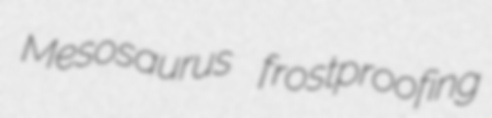
Mesosaurus frostproofing